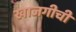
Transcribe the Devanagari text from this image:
खाजगीची